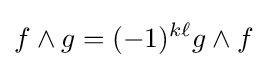
f\wedge g=(-1)^{k\ell }g\wedge f